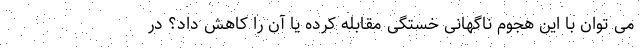
می توان با این هجوم ناگهانی خستگی مقابله کرده یا آن را کاهش داد؟ در